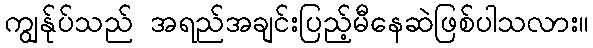
ကျွန်ုပ်သည် အရည်အချင်းပြည့်မီနေဆဲဖြစ်ပါသလား။